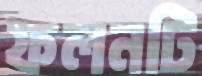
ফলনটি